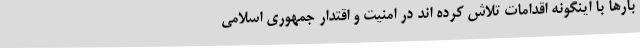
بارها با اینگونه اقدامات تلاش کرده اند در امنیت و اقتدار جمهوری اسلامی